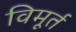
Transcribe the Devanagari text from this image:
विमूर्त